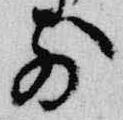
前